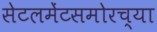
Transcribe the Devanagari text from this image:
सेटलमेंटसमोरच्या